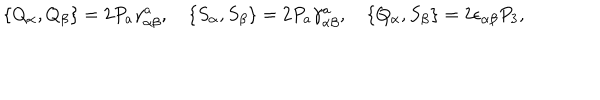
\{ Q _ { \alpha } , Q _ { \beta } \} = 2 P _ { a } \gamma _ { \alpha \beta } ^ { a } , \quad \{ S _ { \alpha } , S _ { \beta } \} = 2 P _ { a } \gamma _ { \alpha \beta } ^ { a } , \quad \{ Q _ { \alpha } , S _ { \beta } \} = 2 \epsilon _ { \alpha \beta } P _ { 3 } ,